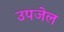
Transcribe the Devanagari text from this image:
उपजेल